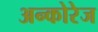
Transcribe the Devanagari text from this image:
अन्कोरेज